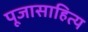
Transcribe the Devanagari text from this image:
पूजासाहित्य